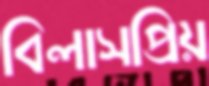
বিলাসপ্রিয়